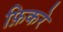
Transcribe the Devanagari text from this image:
फ़िकरे